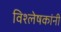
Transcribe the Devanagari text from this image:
विश्लेषकांनी